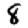
Digit: 8